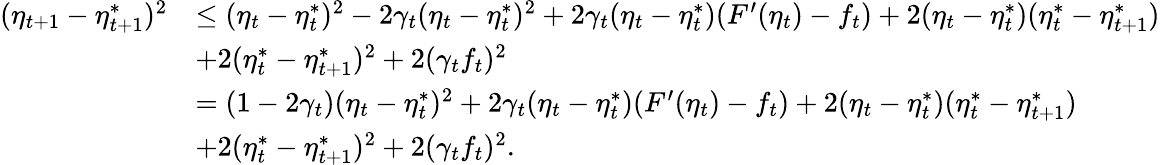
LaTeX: \begin{array}{rl}{(\eta_{t+1}-\eta_{t+1}^{*})^{2}}&{\leq(\eta_{t}-\eta_{t}^{*})^{2}-2\gamma_{t}(\eta_{t}-\eta_{t}^{*})^{2}+2\gamma_{t}(\eta_{t}-\eta_{t}^{*})(F^{\prime}(\eta_{t})-f_{t})+2(\eta_{t}-\eta_{t}^{*})(\eta_{t}^{*}-\eta_{t+1}^{*})}\\ &{+2(\eta_{t}^{*}-\eta_{t+1}^{*})^{2}+2(\gamma_{t}f_{t})^{2}}\\ &{=(1-2\gamma_{t})(\eta_{t}-\eta_{t}^{*})^{2}+2\gamma_{t}(\eta_{t}-\eta_{t}^{*})(F^{\prime}(\eta_{t})-f_{t})+2(\eta_{t}-\eta_{t}^{*})(\eta_{t}^{*}-\eta_{t+1}^{*})}\\ &{+2(\eta_{t}^{*}-\eta_{t+1}^{*})^{2}+2(\gamma_{t}f_{t})^{2}.}\end{array}